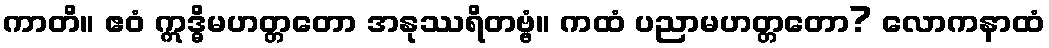
ကာတိ။ ဧဝံ ဣဒ္ဓိမဟတ္တတော အနုဿရိတဗ္ဗံ။ ကထံ ပညာမဟတ္တတော? လောကနာထံ